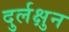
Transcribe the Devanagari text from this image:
दुर्लक्षुन